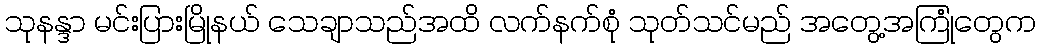
သုနန္ဒာ မင်းပြားမြိုနယ် သေချာသည်အထိ လက်နက်စုံ သုတ်သင်မည် အတွေ့အကြုံတွေက